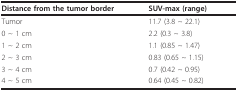
| Distance from the tumor border | SUV-max (range) |
 | --- | --- |
 | Tumor | 11.7 (3.8 ~ 22.1) |
 | 0 ~ 1 cm | 2.2 (0.3 ~ 3.8) |
 | 1 ~ 2 cm | 1.1 (0.85 ~ 1.47) |
 | 2 ~ 3 cm | 0.83 (0.65 ~ 1.15) |
 | 3 ~ 4 cm | 0.7 (0.42 ~ 0.95) |
 | 4 ~ 5 cm | 0.64 (0.45 ~ 0.82) |